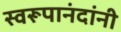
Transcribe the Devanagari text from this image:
स्वरूपानंदांनी